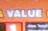
value